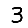
Digit: 3